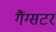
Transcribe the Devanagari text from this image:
गैंग्सटर